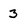
Character: 3